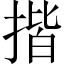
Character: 揩